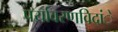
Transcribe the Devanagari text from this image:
पर्यावरणविदांे